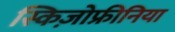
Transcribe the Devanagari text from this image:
स्किज़ोफ्रीनिया